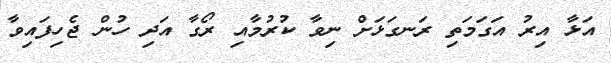
އަޅާ އިރު އަގަމަތި ރަނގަޅަށް ނިވާ ކުރުމާއި ރޯގާ އަދި ހުން ޖެހިފައިވާ